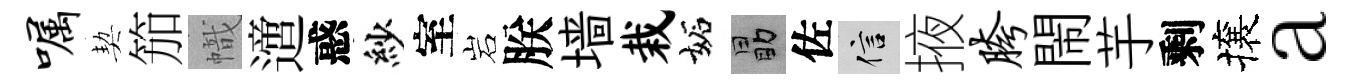
嘱契笳幟𨗁惑紗室岩朕墙栽妬勗佐信掖胯閙芋剩攘a